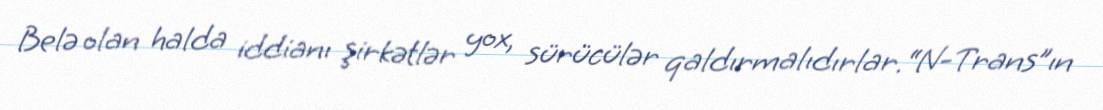
Belə olan halda iddianı şirkətlər yox, sürücülər qaldırmalıdırlar.“N-Trans”ın